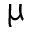
\upmu